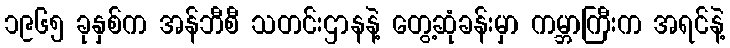
၁၉၆၅ ခုနှစ်က အန်ဘီစီ သတင်းဌာနနဲ့ တွေ့ဆုံခန်းမှာ ကမ္ဘာကြီးက အရင်နဲ့